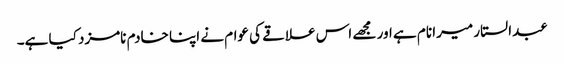
عبدالستار میرا نام ہے اور مجھے اس علاقے کی عوام نے اپنا خادم نامزد کیا ہے۔